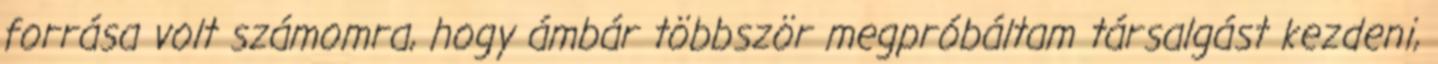
forrása volt számomra, hogy ámbár többször megpróbáltam társalgást kezdeni,